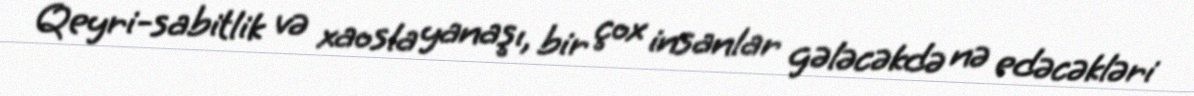
Qeyri-sabitlik və xaosla yanaşı, bir çox insanlar gələcəkdə nə edəcəkləri